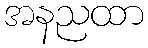
အနညထာ